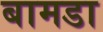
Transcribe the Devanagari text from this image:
बामडा